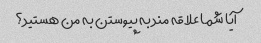
آیا شما علاقه مند به پیوستن به من هستید؟